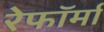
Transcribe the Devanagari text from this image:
रेफॉर्मा